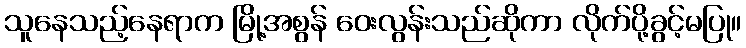
သူနေသည့်နေရာက မြို့အစွန် ဝေးလွန်းသည်ဆိုကာ လိုက်ပို့ခွင့်မပြု။